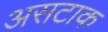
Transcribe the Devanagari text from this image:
असटाक